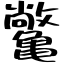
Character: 𫠝